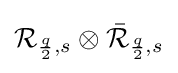
{\mathcal {R}}_{{\frac {q}{2}},s}\otimes {\bar {\mathcal {R}}}_{{\frac {q}{2}},s}